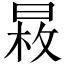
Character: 𣈕